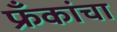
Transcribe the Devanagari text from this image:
फ्रँकांचा